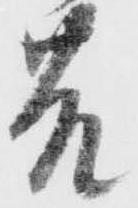
苦